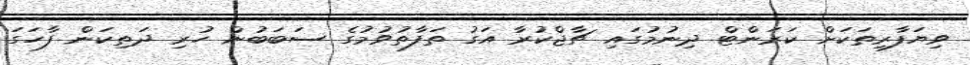
ވިޔަފާރިތަކަށް ކަރަންޓް ދިނުމުގައި ޗާޖްކުރާ އަގު ތަފާތުވުމުގެ ސަބަބުން ހުރި ދަތިކަން ފާހަގަ